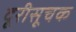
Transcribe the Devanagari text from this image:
दूरीसूचक